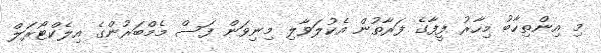
މި އިންތިހާބު މިހާރު ފީފާގެ ފަރާތުން އެކުލަވާލި މިނިވަން ފަސް މެމްބަރުންގެ އިލެކްޓޯރަލް